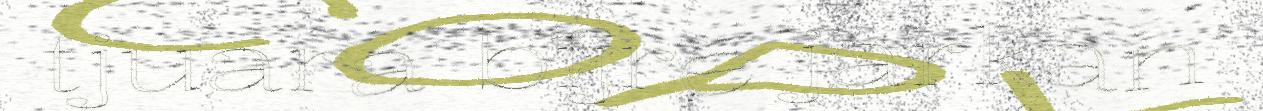
tjuara bïjre jarkan